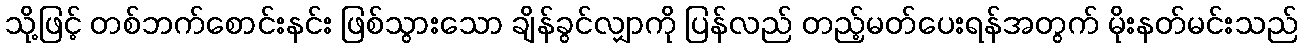
သို့ဖြင့် တစ်ဘက်စောင်းနင်း ဖြစ်သွားသော ချိန်ခွင်လျှာကို ပြန်လည် တည့်မတ်ပေးရန်အတွက် မိုးနတ်မင်းသည်